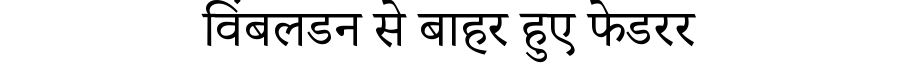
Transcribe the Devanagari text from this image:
विंबलडन से बाहर हुए फेडरर